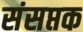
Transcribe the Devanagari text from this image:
संसप्तक